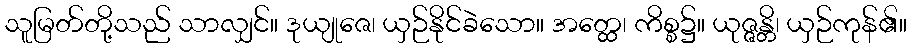
သူမြတ်တို့သည် သာလျှင်။ ဒုယျုဇေ၊ ယှဉ်နိုင်ခဲသော။ အတ္ထေ၊ ကိစ္စ၌။ ယုဇ္ဇန္တိ၊ ယှဉ်ကုန်၏။